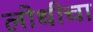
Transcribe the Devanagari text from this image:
लोधीचा